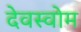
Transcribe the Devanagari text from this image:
देवस्‍वोम